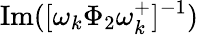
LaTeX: \operatorname{Im}([\omega_{k}\Phi_{2}\omega_{k}^{+}]^{-1})